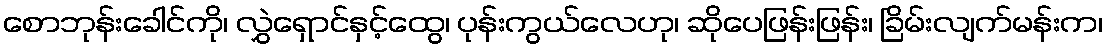
စောဘုန်းခေါင်ကို၊ လွှဲရှောင်နှင့်ထွေ၊ ပုန်းကွယ်လေဟု၊ ဆိုပေဖြန်းဖြန်း၊ ခြိမ်းလျက်မန်းက၊